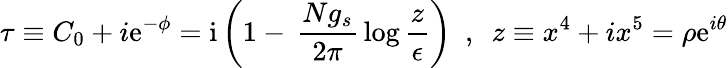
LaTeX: \tau\equiv C_{0}+i\mathrm{e}^{-\phi}=\mathrm{i}\left(1-\, \frac{Ng_{s}}{2\pi}\, \log\frac{z}{\epsilon}\right)~~,~~z\equiv x^{4}+ix^{5}=\rho\mathrm{e}^{i\theta}